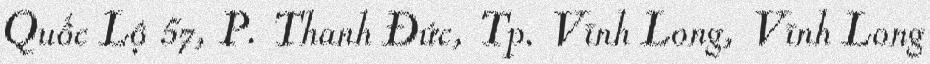
Quốc Lộ 57, P. Thanh Đức, Tp. Vĩnh Long, Vĩnh Long